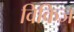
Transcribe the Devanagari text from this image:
विकिज